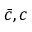
\bar { c } , c